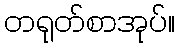
တရုတ်စာအုပ်။